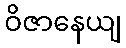
ဝိဇာနေယျ